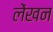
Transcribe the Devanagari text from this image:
लेंखन